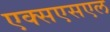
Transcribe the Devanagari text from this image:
एक्सएसएल